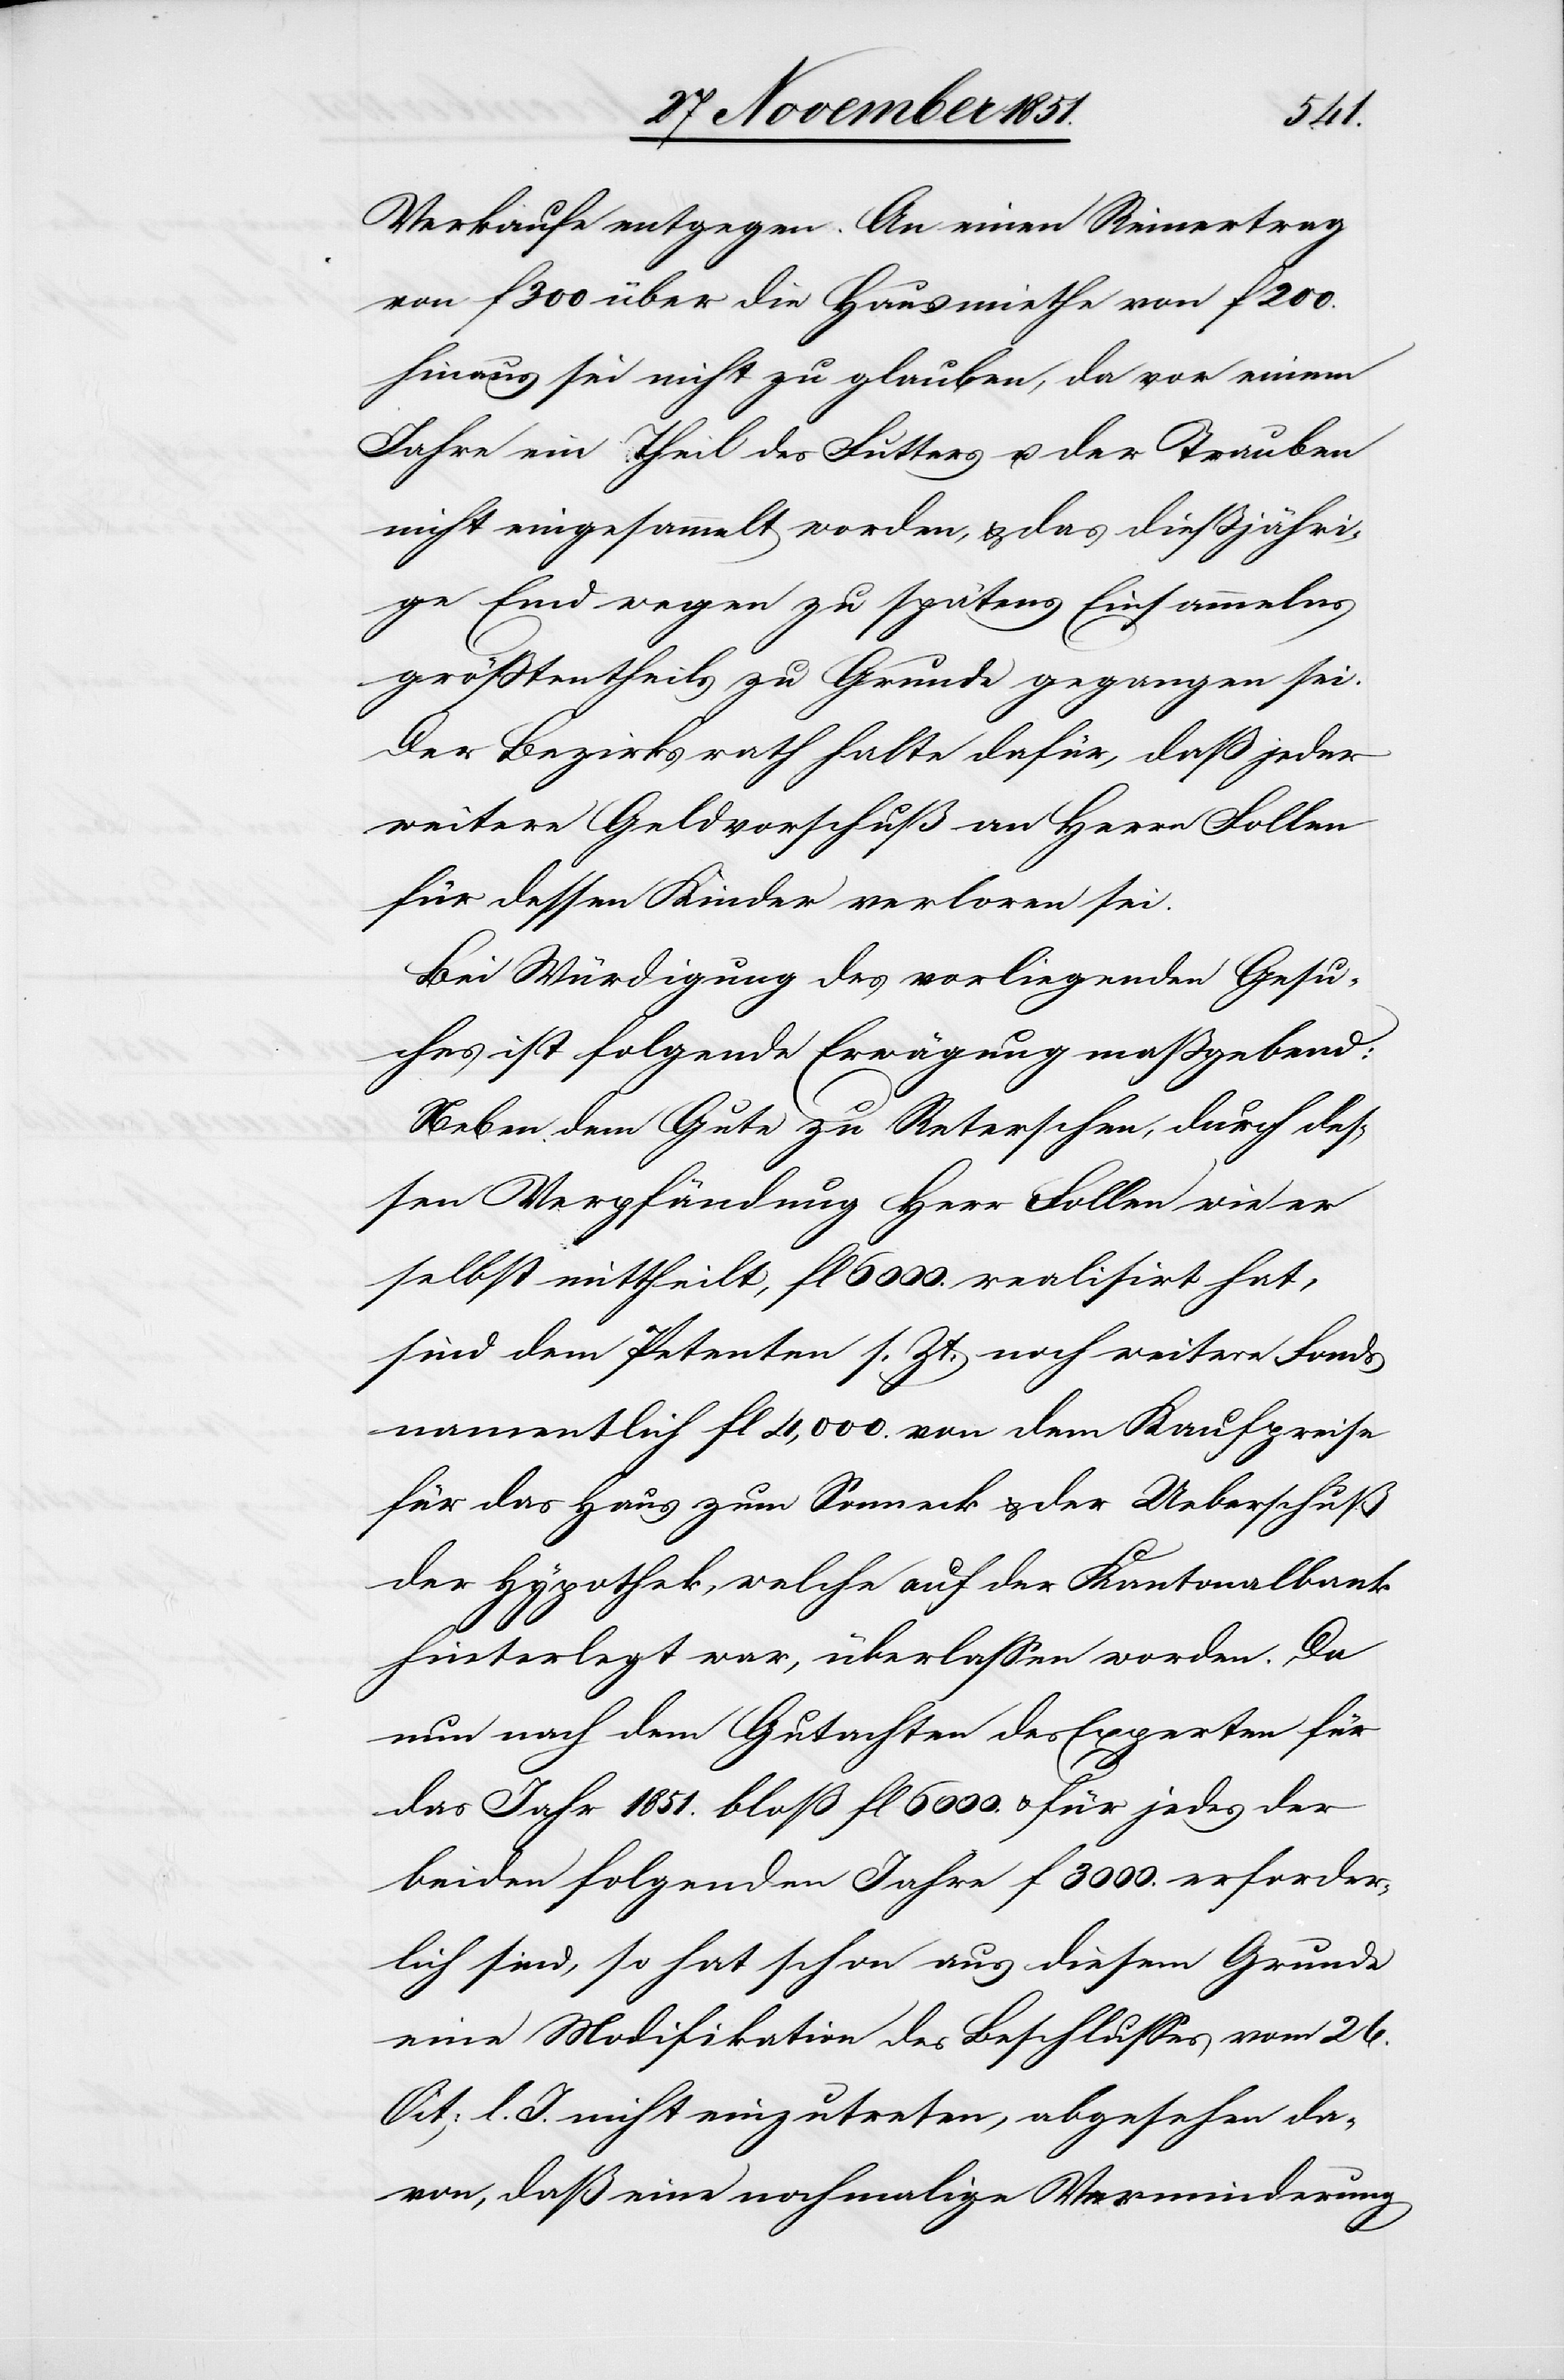
Verkaufe entgegen. An einen Reinertrag
von f 300 über die Hausmiethe von f 200.
hinaus sei nicht zu glauben, da vor einem
Jahre ein Theil des Futters u. der Trauben
nicht eingesammelt worden, & das dießjähri¬
ge Emd wegen zu spätens Einsammelns
größtentheils zu Grunde gegangen sei.
Der Bezirksrath halte dafür, daß jeder
weitere Geldvorschuß an Herrn Follen
für dessen Kinder verloren sei.
Bei Würdigung des vorliegenden Gesu¬
ches ist folgende Erwägung maßgebend:
Neben dem Gute zu Reterschen, durch des¬
sen Verpfändung Herr Follen wie er
selbst mittheilt, fl 6000. realisirt hat,
sind dem Petenten s. Zt. noch weitere Fonds
namentlich fl 4,000. von dem Kaufpreise
für das Haus zum Sonneck & der Ueberschuß
der Hypothek, welche auf der Kantonalbank
hinterlegt war, überlassen worden. Da
nun nach dem Gutachten des Experten für
das Jahr 1851. bloß fl 6000. & für jedes der
beiden folgenden Jahre f. 3000. erforder¬
lich sind, so hat schon aus diesem Grunde
eine Modifikation des Beschlusses vom 26.
Oct: l. J. nicht einzutreten, abgesehen da¬
von, daß eine nochmalige Verminderung